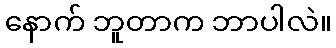
နောက် ဘူတာက ဘာပါလဲ။